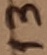
Text: 13